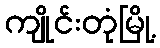
ကျိုင်းတုံမြို့